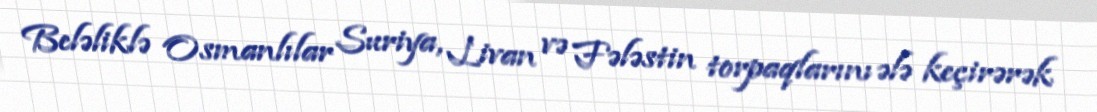
Beləliklə Osmanlılar Suriya, Livan və Fələstin torpaqlarını ələ keçirərək